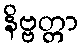
နိဗ္ဗတ္တာ